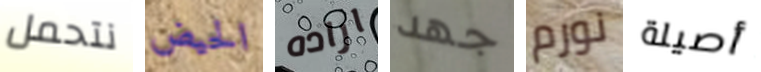
نتحمل الحيض اراده جهد نورم أصيلة